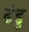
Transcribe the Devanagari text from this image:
ढंडु